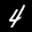
Label: 4